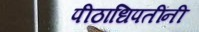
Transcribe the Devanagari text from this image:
पीठाधिपतींनी